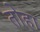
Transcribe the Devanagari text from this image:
तोहा